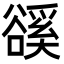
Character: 豀